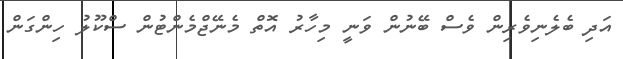
އަދި ބެލެނިވެރިން ވެސް ބޭނުން ވަނީ މިހާރު އޮތް މެނޭޖްމެންޓުން ސްކޫލު ހިންގަން